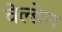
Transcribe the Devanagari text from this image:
वेल्‍डेस